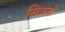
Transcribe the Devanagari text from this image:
सिजनों